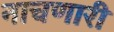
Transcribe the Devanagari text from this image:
नाचणारी